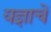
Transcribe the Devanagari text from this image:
यज्ञाचें